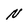
Character: N